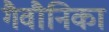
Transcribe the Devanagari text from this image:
गैवौनिका